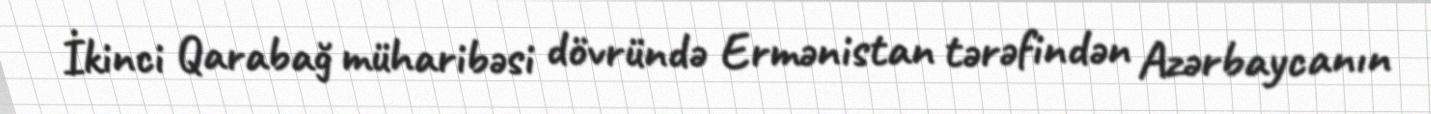
İkinci Qarabağ müharibəsi dövründə Ermənistan tərəfindən Azərbaycanın